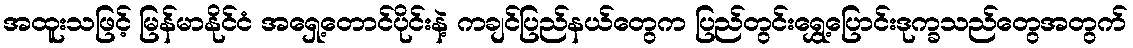
အထူးသဖြင့် မြန်မာနိုင်ငံ အရှေ့တောင်ပိုင်းနဲ့ ကချင်ပြည်နယ်တွေက ပြည်တွင်းရွှေ့ပြောင်းဒုက္ခသည်တွေအတွက်